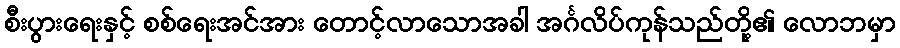
စီးပွားရေးနှင့် စစ်ရေးအင်အား တောင့်လာသောအခါ အင်္ဂလိပ်ကုန်သည်တို့၏ လောဘမှာ